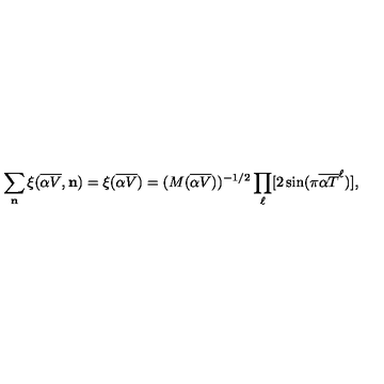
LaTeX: \sum _ { \bf n } \xi ( { \overline { { \alpha V } } } , { \bf n } ) = \xi ( { \overline { { \alpha V } } } ) = ( M ( { \overline { { \alpha V } } } ) ) ^ { - 1 / 2 } \prod _ { \ell } [ 2 \sin ( \pi { \overline { { \alpha T } } } ^ { \ell } ) ] ,